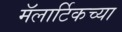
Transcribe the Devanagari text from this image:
मॅलार्टिकच्या